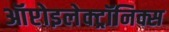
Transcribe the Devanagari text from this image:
ऑप्टोइलेक्ट्रॉनिक्स